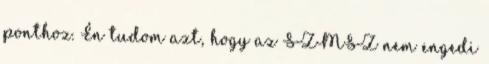
ponthoz. Én tudom azt, hogy az SZMSZ nem engedi